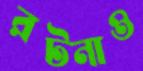
রটনাও